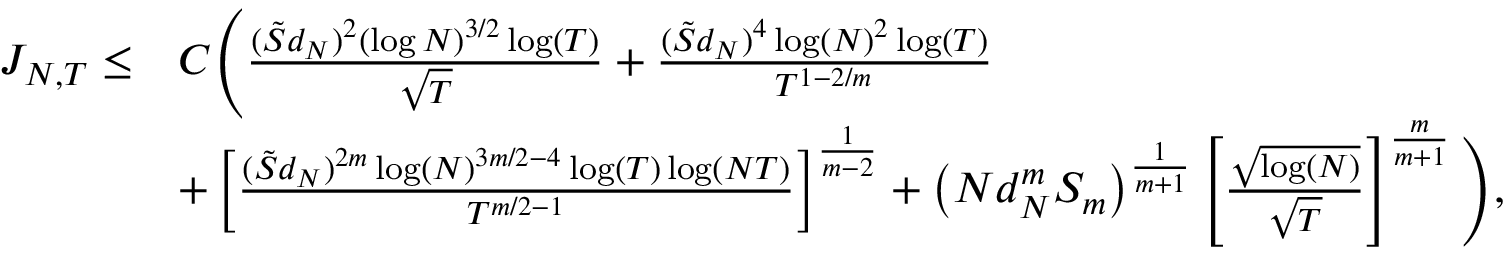
\begin{array} { r l } { { J _ { N , T } } \leq } & { C \Bigg ( \frac { ( \tilde { S } d _ { N } ) ^ { 2 } ( \log N ) ^ { 3 / 2 } \log ( T ) } { \sqrt { T } } + \frac { ( \tilde { S } d _ { N } ) ^ { 4 } \log ( N ) ^ { 2 } \log ( T ) } { T ^ { 1 - 2 / m } } } \\ & { + \left[ \frac { ( \tilde { S } d _ { N } ) ^ { 2 m } \log ( N ) ^ { 3 m / 2 - 4 } \log ( T ) \log ( N T ) } { T ^ { m / 2 - 1 } } \right] ^ { \frac { 1 } { m - 2 } } + \left( N d _ { N } ^ { m } S _ { m } \right) ^ { \frac { 1 } { m + 1 } } \left[ \frac { \sqrt { \log ( N ) } } { \sqrt { T } } \right] ^ { \frac { m } { m + 1 } } \Bigg ) , } \end{array}